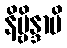
နိဗ္ဗိန္ဒာမိ